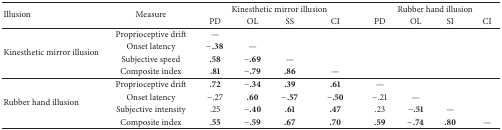
<table><thead><tr><td rowspan="2"><b>Illusion</b></td><td rowspan="2"><b>Measure</b></td><td colspan="4"><b>Kinesthetic mirror illusion</b></td><td colspan="4"><b>Rubber hand illusion</b></td></tr><tr><td><b>PD</b></td><td><b>OL</b></td><td><b>SS</b></td><td><b>CI</b></td><td><b>PD</b></td><td><b>OL</b></td><td><b>SI</b></td><td><b>CI</b></td></tr></thead><tbody><tr><td rowspan="4">Kinesthetic mirror illusion</td><td>Proprioceptive drift</td><td>—</td><td> </td><td> </td><td> </td><td> </td><td> </td><td> </td><td> </td></tr><tr><td>Onset latency</td><td><b>−.38</b></td><td>—</td><td> </td><td> </td><td> </td><td> </td><td> </td><td> </td></tr><tr><td>Subjective speed</td><td><b>.58</b></td><td><b>−.69</b></td><td>—</td><td> </td><td> </td><td> </td><td> </td><td> </td></tr><tr><td>Composite index</td><td><b>.81</b></td><td><b>−.79</b></td><td><b>.86</b></td><td>—</td><td> </td><td> </td><td> </td><td> </td></tr><tr><td rowspan="4">Rubber hand illusion</td><td>Proprioceptive drift</td><td><b>.72</b></td><td><b>−.34</b></td><td><b>.39</b></td><td><b>.61</b></td><td>—</td><td> </td><td> </td><td> </td></tr><tr><td>Onset latency</td><td>−.27</td><td><b>.60</b></td><td><b>−.57</b></td><td><b>−.50</b></td><td>−.21</td><td>—</td><td> </td><td> </td></tr><tr><td>Subjective intensity</td><td>.25</td><td><b>−.40</b></td><td><b>.61</b></td><td><b>.47</b></td><td>.23</td><td><b>−.51</b></td><td>—</td><td> </td></tr><tr><td>Composite index</td><td><b>.55</b></td><td><b>−.59</b></td><td><b>.67</b></td><td><b>.70</b></td><td><b>.59</b></td><td><b>−.74</b></td><td><b>.80</b></td><td>—</td></tr></tbody></table>